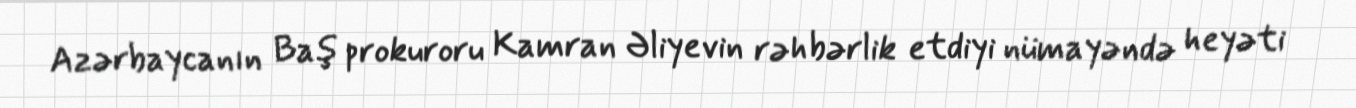
Azərbaycanın Baş prokuroru Kamran Əliyevin rəhbərlik etdiyi nümayəndə heyəti